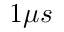
1 \mu s